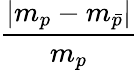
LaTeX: \frac{|m_{p}-m_{\bar{p}}|}{m_{p}}